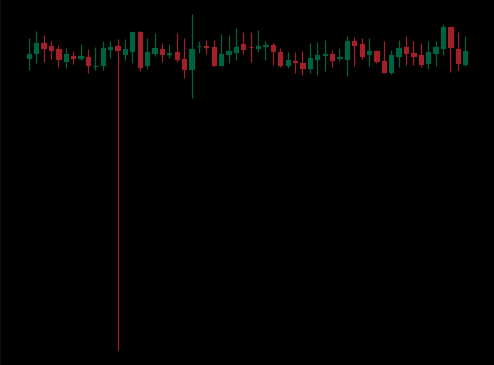
Pattern: unclassified